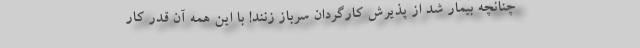
چنانچه بیمار شد از پذیرش کارگردان سرباز زنند! با این همه آن قدر کار